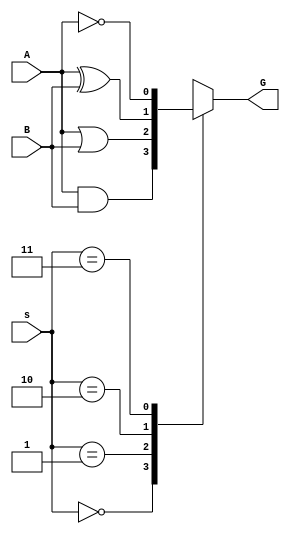
module MUX_4_1(A, B, s, G);
input A, B;
input [1:0] s;
output G;
reg G;

always @ *
case(s)
0 : G = A & B;
1 : G = A | B;
2 : G = A ^ B;
3 : G = ~A;
default : G = 1'bx;
endcase
endmodule